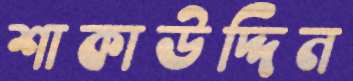
শাকাউদ্দিন